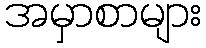
အမှာစာများ